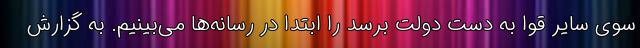
سوی سایر قوا به دست دولت برسد را ابتدا در رسانه‌ها می‌بینیم. به گزارش